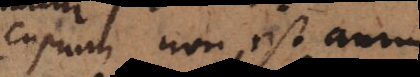
cuprum non est aurum